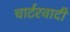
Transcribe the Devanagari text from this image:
चार्टरवादी